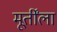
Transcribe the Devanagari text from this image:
मूर्तींला